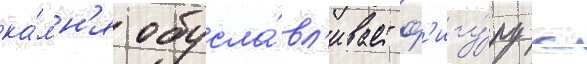
ка́мн'я обусла́вл'ивает ф'игу́ру с